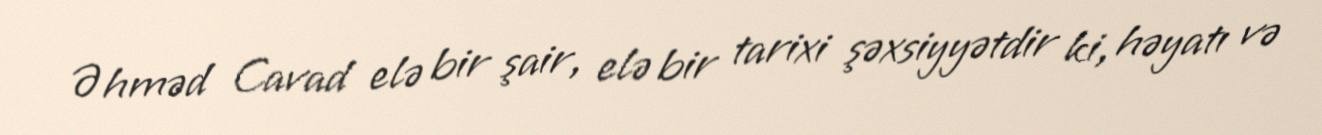
Əhməd Cavad elə bir şair, elə bir tarixi şəxsiyyətdir ki, həyatı və